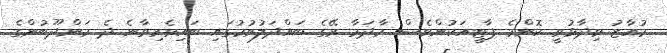
މުއާޒު ވިދާޅުވީ ކޮންމެ ޕާޓީއަކުންވެސް މާދަމާ ރޭގެ ބައްދަލުވުމުގައި ބައިވެރިވާނެ ދެ މަންދޫބުންގެ